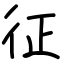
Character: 征